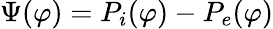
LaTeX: \Psi(\varphi)=P_{i}(\varphi)-P_{e}(\varphi)